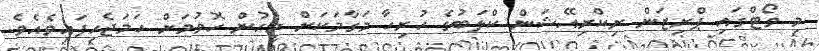
މި ވޯޓްގައި ޕްރިޒަން ރިކްރިއޭޝަން ކްލަބުގެ ހުރިހާ މަގާމަކަށް މީހުން ހޮވުމަށް ހަމަޖެހިފައިވެއެވެ.